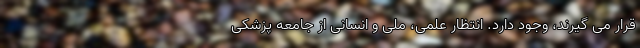
قرار می گیرند، وجود دارد. انتظار علمی، ملی و انسانی از جامعه پزشکی